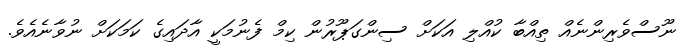
ނޫސްވެރިންނެއް ތިއްބާ ކުއްލި އަކަށް ސިންގަޕޫރުން ކިމް ފެނުމަކީ އާދައިގެ ކަމަކަށް ނުވާނެއެވެ.